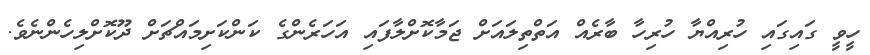
ހީވީ ގައިގައި ހުރިއްޔާ ހުރިހާ ބާރެއް އަތްތިލައަށް ޖަމާކޮށްލާފައި އަހަރެންގެ ކަންކަށިމައްޗަށް ދޫކޮށްލިހެންނެވެ.